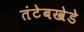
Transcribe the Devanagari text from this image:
तंटेबखेडे